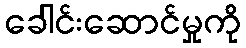
ခေါင်းဆောင်မှုကို